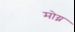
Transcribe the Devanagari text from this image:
मोय्न